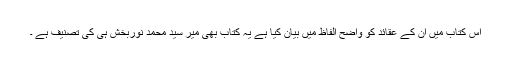
اس کتاب میں ان کے عقائد کو واضح الفاظ میں بیان کیا ہے یہ کتاب بھی میر سید محمد نوربخش ہی کی تصنیف ہے ۔